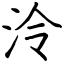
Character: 泠